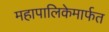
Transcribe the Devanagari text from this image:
महापालिकेमार्फत